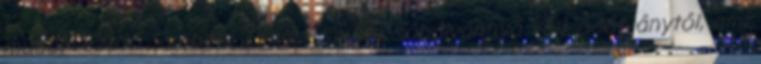
műsorvezető Szebeni István szinte sóbálvánnyá vált a látványtól, ami